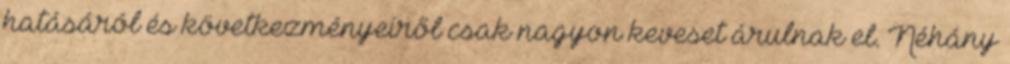
hatásáról és következményeiről csak nagyon keveset árulnak el. Néhány